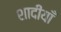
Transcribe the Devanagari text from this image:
शादीयाँ